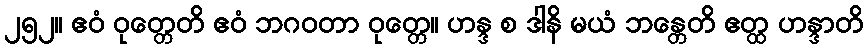
၂၅၂။ ဧဝံ ဝုတ္တေတိ ဧဝံ ဘဂဝတာ ဝုတ္တေ။ ဟန္ဒ စ ဒါနိ မယံ ဘန္တေတိ ဧတ္ထ ဟန္ဒာတိ